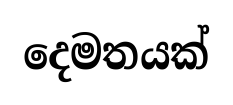
දෙමතයක්